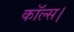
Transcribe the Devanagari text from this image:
कॉल्‍स।